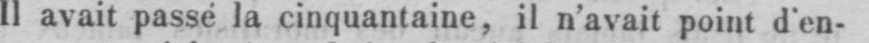
Il avait passé la cinquantaine, il n’avait point d’en-